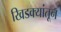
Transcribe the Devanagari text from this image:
खिडक्यांतून